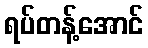
ရပ်တန့်အောင်